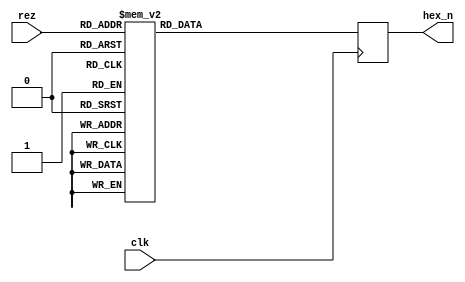
module Codetohex (  input 				clk,
					input 		[3:0]	rez,
					output	reg [6:0]   hex_n
				 );
			 

always @ (posedge clk)	
begin
	
		hex_n <= 7'b1;
		case (rez[3:0])
			4'b0000:	hex_n <= ~7'b0111111;
			4'b0001:	hex_n <= ~7'b0000110;
			4'b0010:	hex_n <= ~7'b1011011;
			4'b0011:	hex_n <= ~7'b1001111;
			4'b0100:	hex_n <= ~7'b1100110;
			4'b0101:	hex_n <= ~7'b1101101;
			4'b0110:	hex_n <= ~7'b1111101;
			4'b0111:	hex_n <= ~7'b0000111;
			4'b1000:	hex_n <= ~7'b1111111;
			4'b1001:	hex_n <= ~7'b1101111;
			4'b1010:	hex_n <= ~7'b1110111;
			4'b1011:	hex_n <= ~7'b1111100;
			4'b1100:	hex_n <= ~7'b0111001;
			4'b1101:	hex_n <= ~7'b1011110;
			4'b1110:	hex_n <= ~7'b1111001;
			4'b1111:	hex_n <= ~7'b1110001;
		endcase
end

endmodule